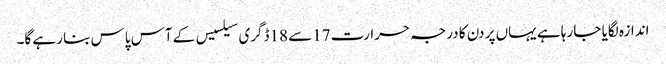
اندازہ لگایا جا رہا ہے یہاں پر دن کا درجہ حرارت 17سے 18ڈگری سیلسیس کے آس پاس بنا رہے گا۔